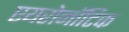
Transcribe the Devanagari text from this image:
एयरोनॉटिक